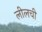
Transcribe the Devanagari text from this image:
लीलची